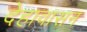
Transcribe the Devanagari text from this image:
देहावासन